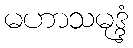
မဟာသမုဒ္ဒံ